Report on vaccination in the Province of Bengal - 1869-1873
Year: 1869
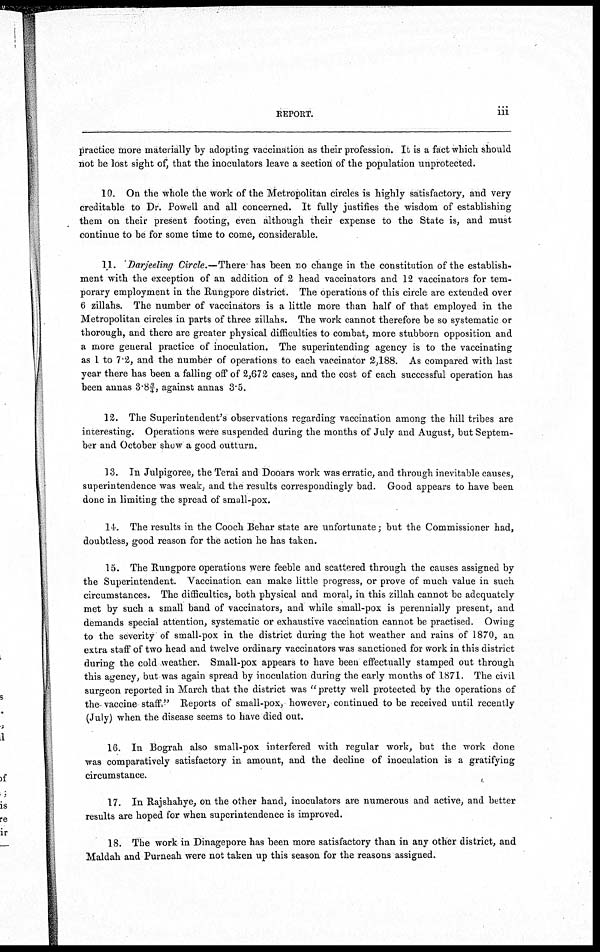
REPORT.
iii
practice more materially by adopting vaccination as their profession. It is a fact which should
not be lost sight of, that the inoculators leave a section of the population unprotected.
10. On the whole the work of the Metropolitan circles is highly satisfactory, and very
creditable to Dr. Powell and all concerned. It fully justifies the wisdom of establishing
them on their present footing, even although their expense to the State is, and must
continue to be for some time to come, considerable.
11. Darjeeling Circle.—There has been no change in the constitution of the establish-
ment with the exception of an addition of 2 head vaccinators and 12 vaccinators for tem-
porary employment in the Rungpore district. The operations of this circle are extended over
6 zillahs. The number of vaccinators is a little more than half of that employed in the
Metropolitan circles in parts of three zillahs. The work cannot therefore be so systematic or
thorough, and there are greater physical difficulties to combat, more stubborn opposition and
a more general practice of inoculation. The superintending agency is to the vaccinating
as 1 to 7.2, and the number of operations to each vaccinator 2,188. As compared with last
year there has been a falling off of 2,672 cases, and the cost of each successful operation has
been annas 3.8¾, against annas 3.5.
12. The Superintendent's observations regarding vaccination among the hill tribes are
interesting. Operations were suspended during the months of July and August, but Septem-
ber and October show a good outturn.
13. In Julpigoree, the Terai and Dooars work was erratic, and through inevitable causes,
superintendence was weak, and the results correspondingly bad. Good appears to have been
done in limiting the spread of small-pox.
14. The results in the Cooch Behar state are unfortunate; but the Commissioner had,
doubtless, good reason for the action he has taken.
15. The Rungpore operations were feeble and scattered through the causes assigned by
the Superintendent. Vaccination can make little progress, or prove of much value in such
circumstances. The difficulties, both physical and moral, in this zillah cannot be adequately
met by such a small band of vaccinators, and while small-pox is perennially present, and
demands special attention, systematic or exhaustive vaccination cannot be practised. Owing
to the severity of small-pox in the district during the hot weather and rains of 1870, an
extra staff of two head and twelve ordinary vaccinators was sanctioned for work in this district
during the cold weather. Small-pox appears to have been effectually stamped out through
this agency, but was again spread by inoculation during the early months of 1871. The civil
surgeon reported in March that the district was " pretty well protected by the operations of
the- vaccine- staff." Reports of small-pox, however, continued to be received until recently
(July) when the disease seems to have died out.
16. In Bograh also small-pox interfered with regular work, but the work done
was comparatively satisfactory in amount, and the decline of inoculation is a gratifying
circumstance.
17. In Rajshahye, on the other hand, inoculators are numerous and active, and better
results are hoped for when superintendence is improved.
18. The work in Dinagepore has been more satisfactory than in any other district, and
Maldah and Purneah were not taken up this season for the reasons assigned.